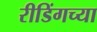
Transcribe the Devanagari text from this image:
रीडिंगच्या